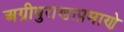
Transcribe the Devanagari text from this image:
अग्रीपुराणाप्रमाणे